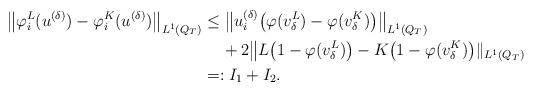
LaTeX: \begin{align*}\begin{aligned} \big\|\varphi_i^L(u^{(\delta)})-\varphi_i^K(u^{(\delta)})\big\|_{L^1(Q_T)}&\le \big\|u_i^{(\delta)}\big(\varphi(v_\delta^L)-\varphi(v_\delta^K)\big)\big\|_{L^1(Q_T)} \\&\phantom{xx}{}+ 2\big\|L\big(1-\varphi(v_\delta^L)\big) - K\big(1-\varphi(v_\delta^K)\big)\|_{L^1(Q_T)}\\&=: I_1 + I_2.\end{aligned}\end{align*}